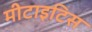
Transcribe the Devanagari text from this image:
मीटाइटिस